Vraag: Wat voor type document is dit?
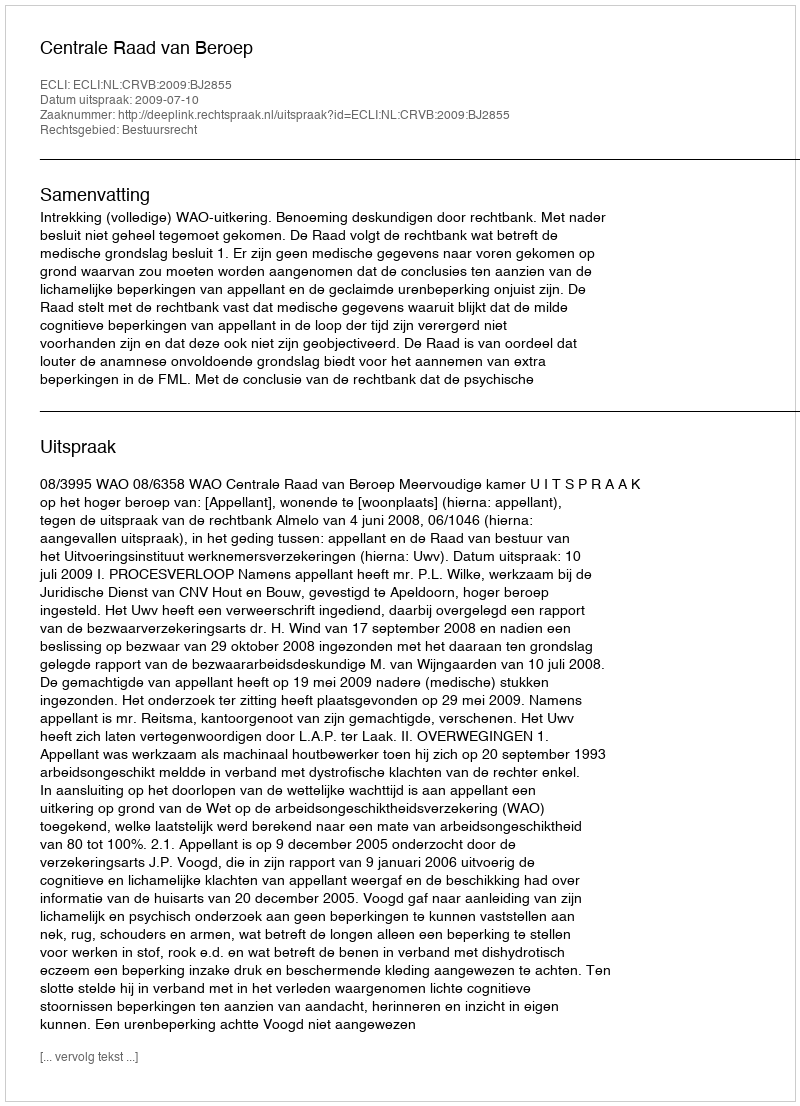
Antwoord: Uitspraak